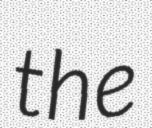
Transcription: the